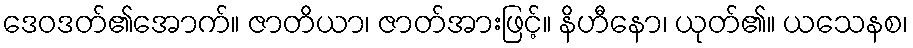
ဒေဝဒတ်၏အောက်။ ဇာတိယာ၊ ဇာတ်အားဖြင့်။ နိဟီနော၊ ယုတ်၏။ ယသေနစ၊